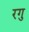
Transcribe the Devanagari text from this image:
रगु